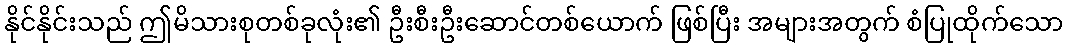
နိုင်နိုင်းသည် ဤမိသားစုတစ်ခုလုံး၏ ဦးစီးဦးဆောင်တစ်ယောက် ဖြစ်ပြီး အများအတွက် စံပြုထိုက်သော